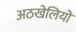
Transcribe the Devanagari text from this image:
अठखेलियों